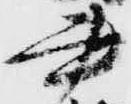
書